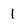
Character: 1